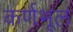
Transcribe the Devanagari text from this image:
कर्णभूल